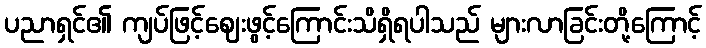
ပညာရှင်၏ ကျပ်ဖြင့်ဈေးဖွင့်ကြောင်းသိရှိရပါသည် များလာခြင်းတို့ကြောင့်